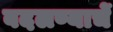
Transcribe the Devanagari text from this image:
बदलण्याचें